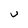
Character: U